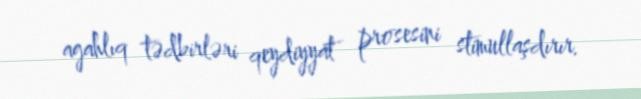
agahlıq tədbirləri qeydiyyat prosesini stimullaşdırır.